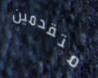
متقدمين